Vaccine operations Central Provinces 1886-1899 - 1886-1899
Year: 1886
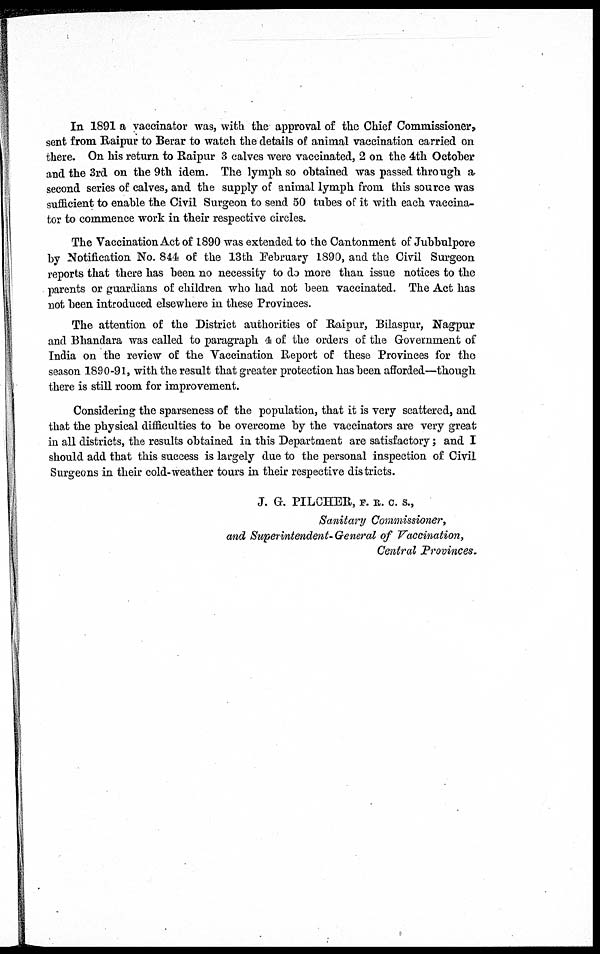
In 1891 a vaccinator was, with the approval of the Chief Commissioner,
sent from Raipur to Berar to watch the details of animal vaccination carried on
there. On his return to Raipur 3 calves were vaccinated, 2 on the 4th October
and the 3rd on the 9th idem. The lymph so obtained was passed through a
second series of calves, and the supply of animal lymph from this source was
sufficient to enable the Civil Surgeon to send 50 tubes of it with each vaccina-
tor to commence work in their respective circles.
The Vaccination Act of 1890 was extended to the Cantonment of Jubbulpore
by Notification No. 844 of the 13th February 1890, and the Civil Surgeon
reports that there has been no necessity to do more than issue notices to the
parents or guardians of children who had not been vaccinated. The Act has
not been introduced elsewhere in these Provinces.
The attention of the District authorities of Raipur, Bilaspur, Nagpur
and Bhandara was called to paragraph 4 of the orders of the Government of
India on the review of the Vaccination Report of these Provinces for the
season 1890-91, with the result that greater protection has been afforded—though
there is still room for improvement.
Considering the sparseness of the population, that it is very scattered, and
that the physical difficulties to be overcome by the vaccinators are very great
in all districts, the results obtained in this Department are satisfactory ; and I
should add that this success is largely due to the personal inspection of Civil
Surgeons in their cold-weather tours in their respective districts.
J. G. PILCHER, F. R. C. S.,
Sanitary Commissioner,
and Superintendent-General of Vaccination,
Central Provinces.